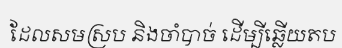
ដែលសមស្រប និងចាំបាច់ ដើម្បីឆ្លើយតប